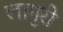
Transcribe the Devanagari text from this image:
लामुरी